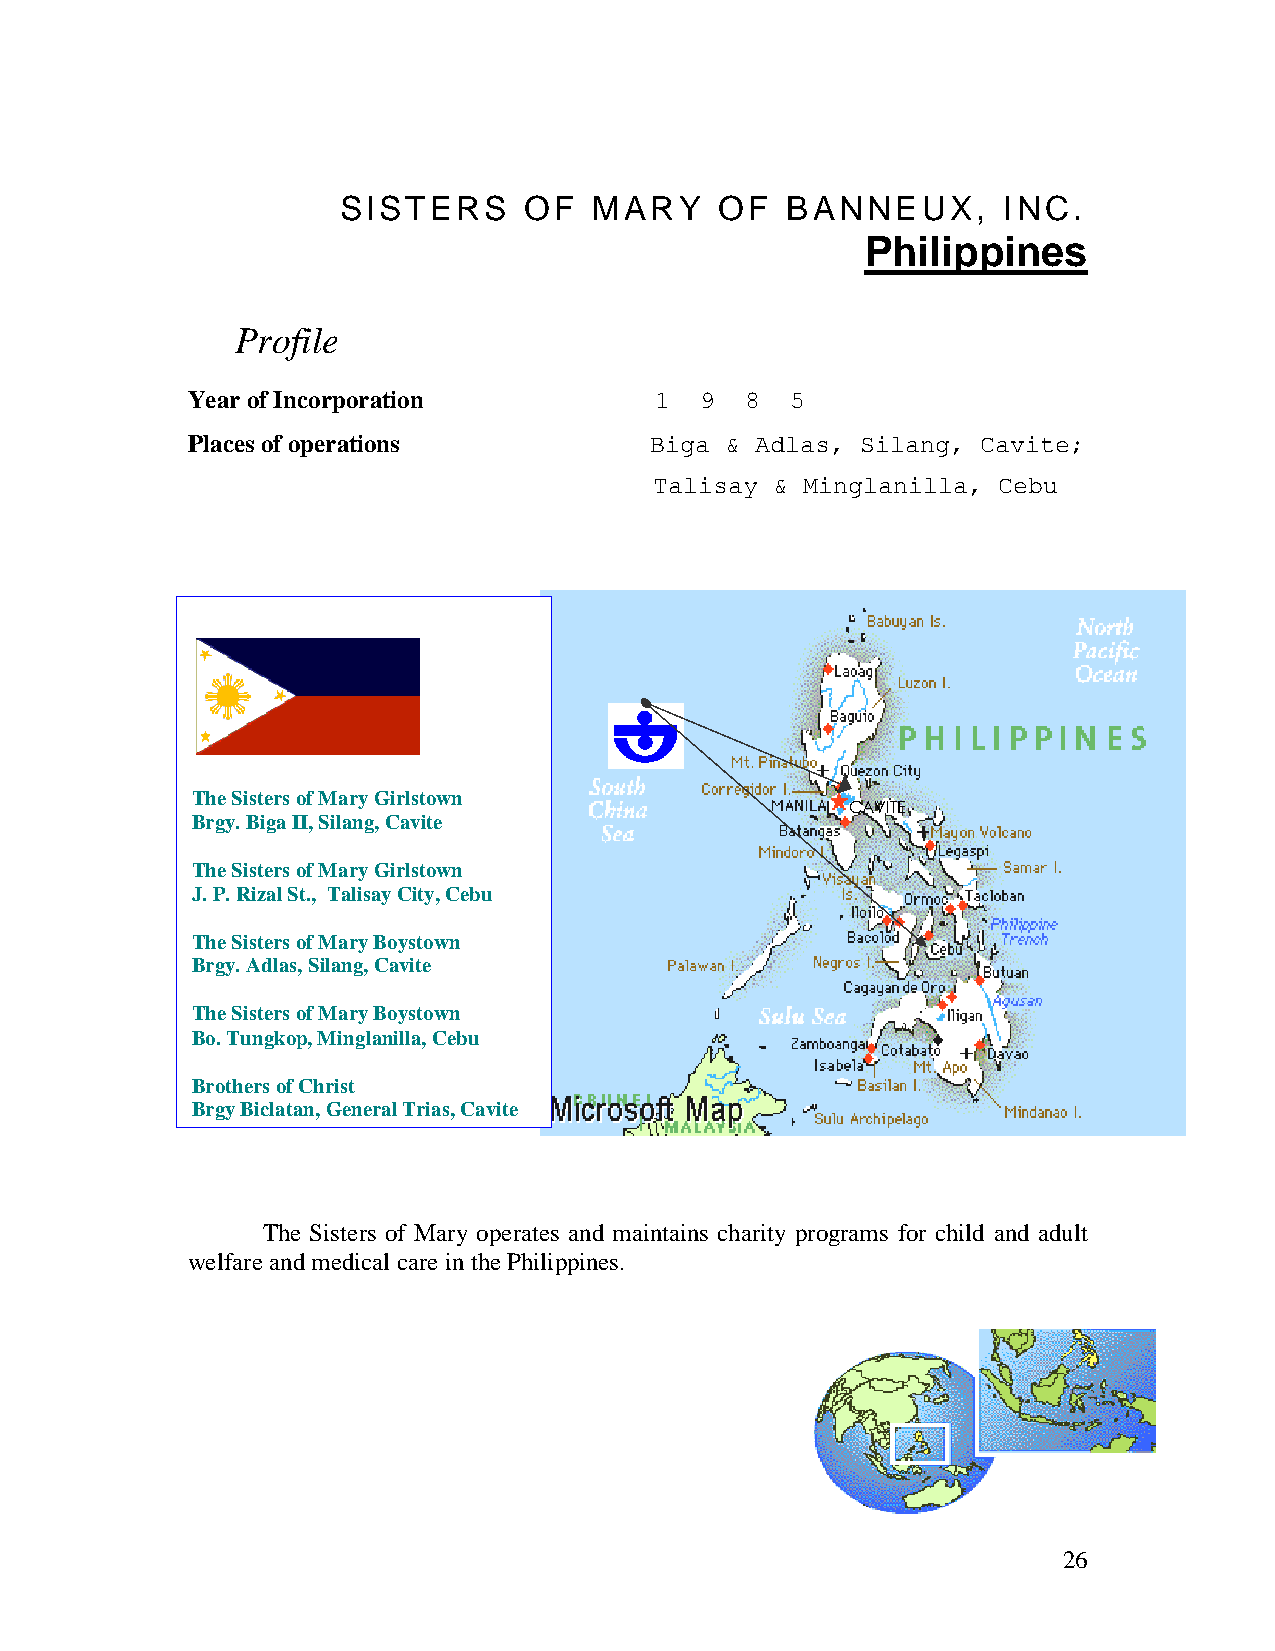
SISTERS      OF  MARY     OF  BANNEUX,      INC.
 Philippines
 Profile
 Year of Incorporation          1  9  8  5
 Places of operations           Biga & Adlas, Silang, Cavite;
 Talisay & Minglanilla, Cebu
 The Sisters of Mary Girlstown
 CAVITE
 Brgy. Biga II, Silang, Cavite
 The Sisters of Mary Girlstown
 J. P. Rizal St., Talisay City, Cebu
 The Sisters of Mary Boystown
 Brgy. Adlas, Silang, Cavite
 The Sisters of Mary Boystown
 Bo. Tungkop, Minglanilla, Cebu
 Brothers of Christ
 Brgy Biclatan, General Trias, Cavite
 The Sisters of Mary operates and maintains charity programs for child and adult
 welfare and medical care in the Philippines.
 26